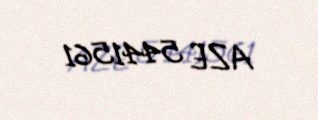
AZE 5441561